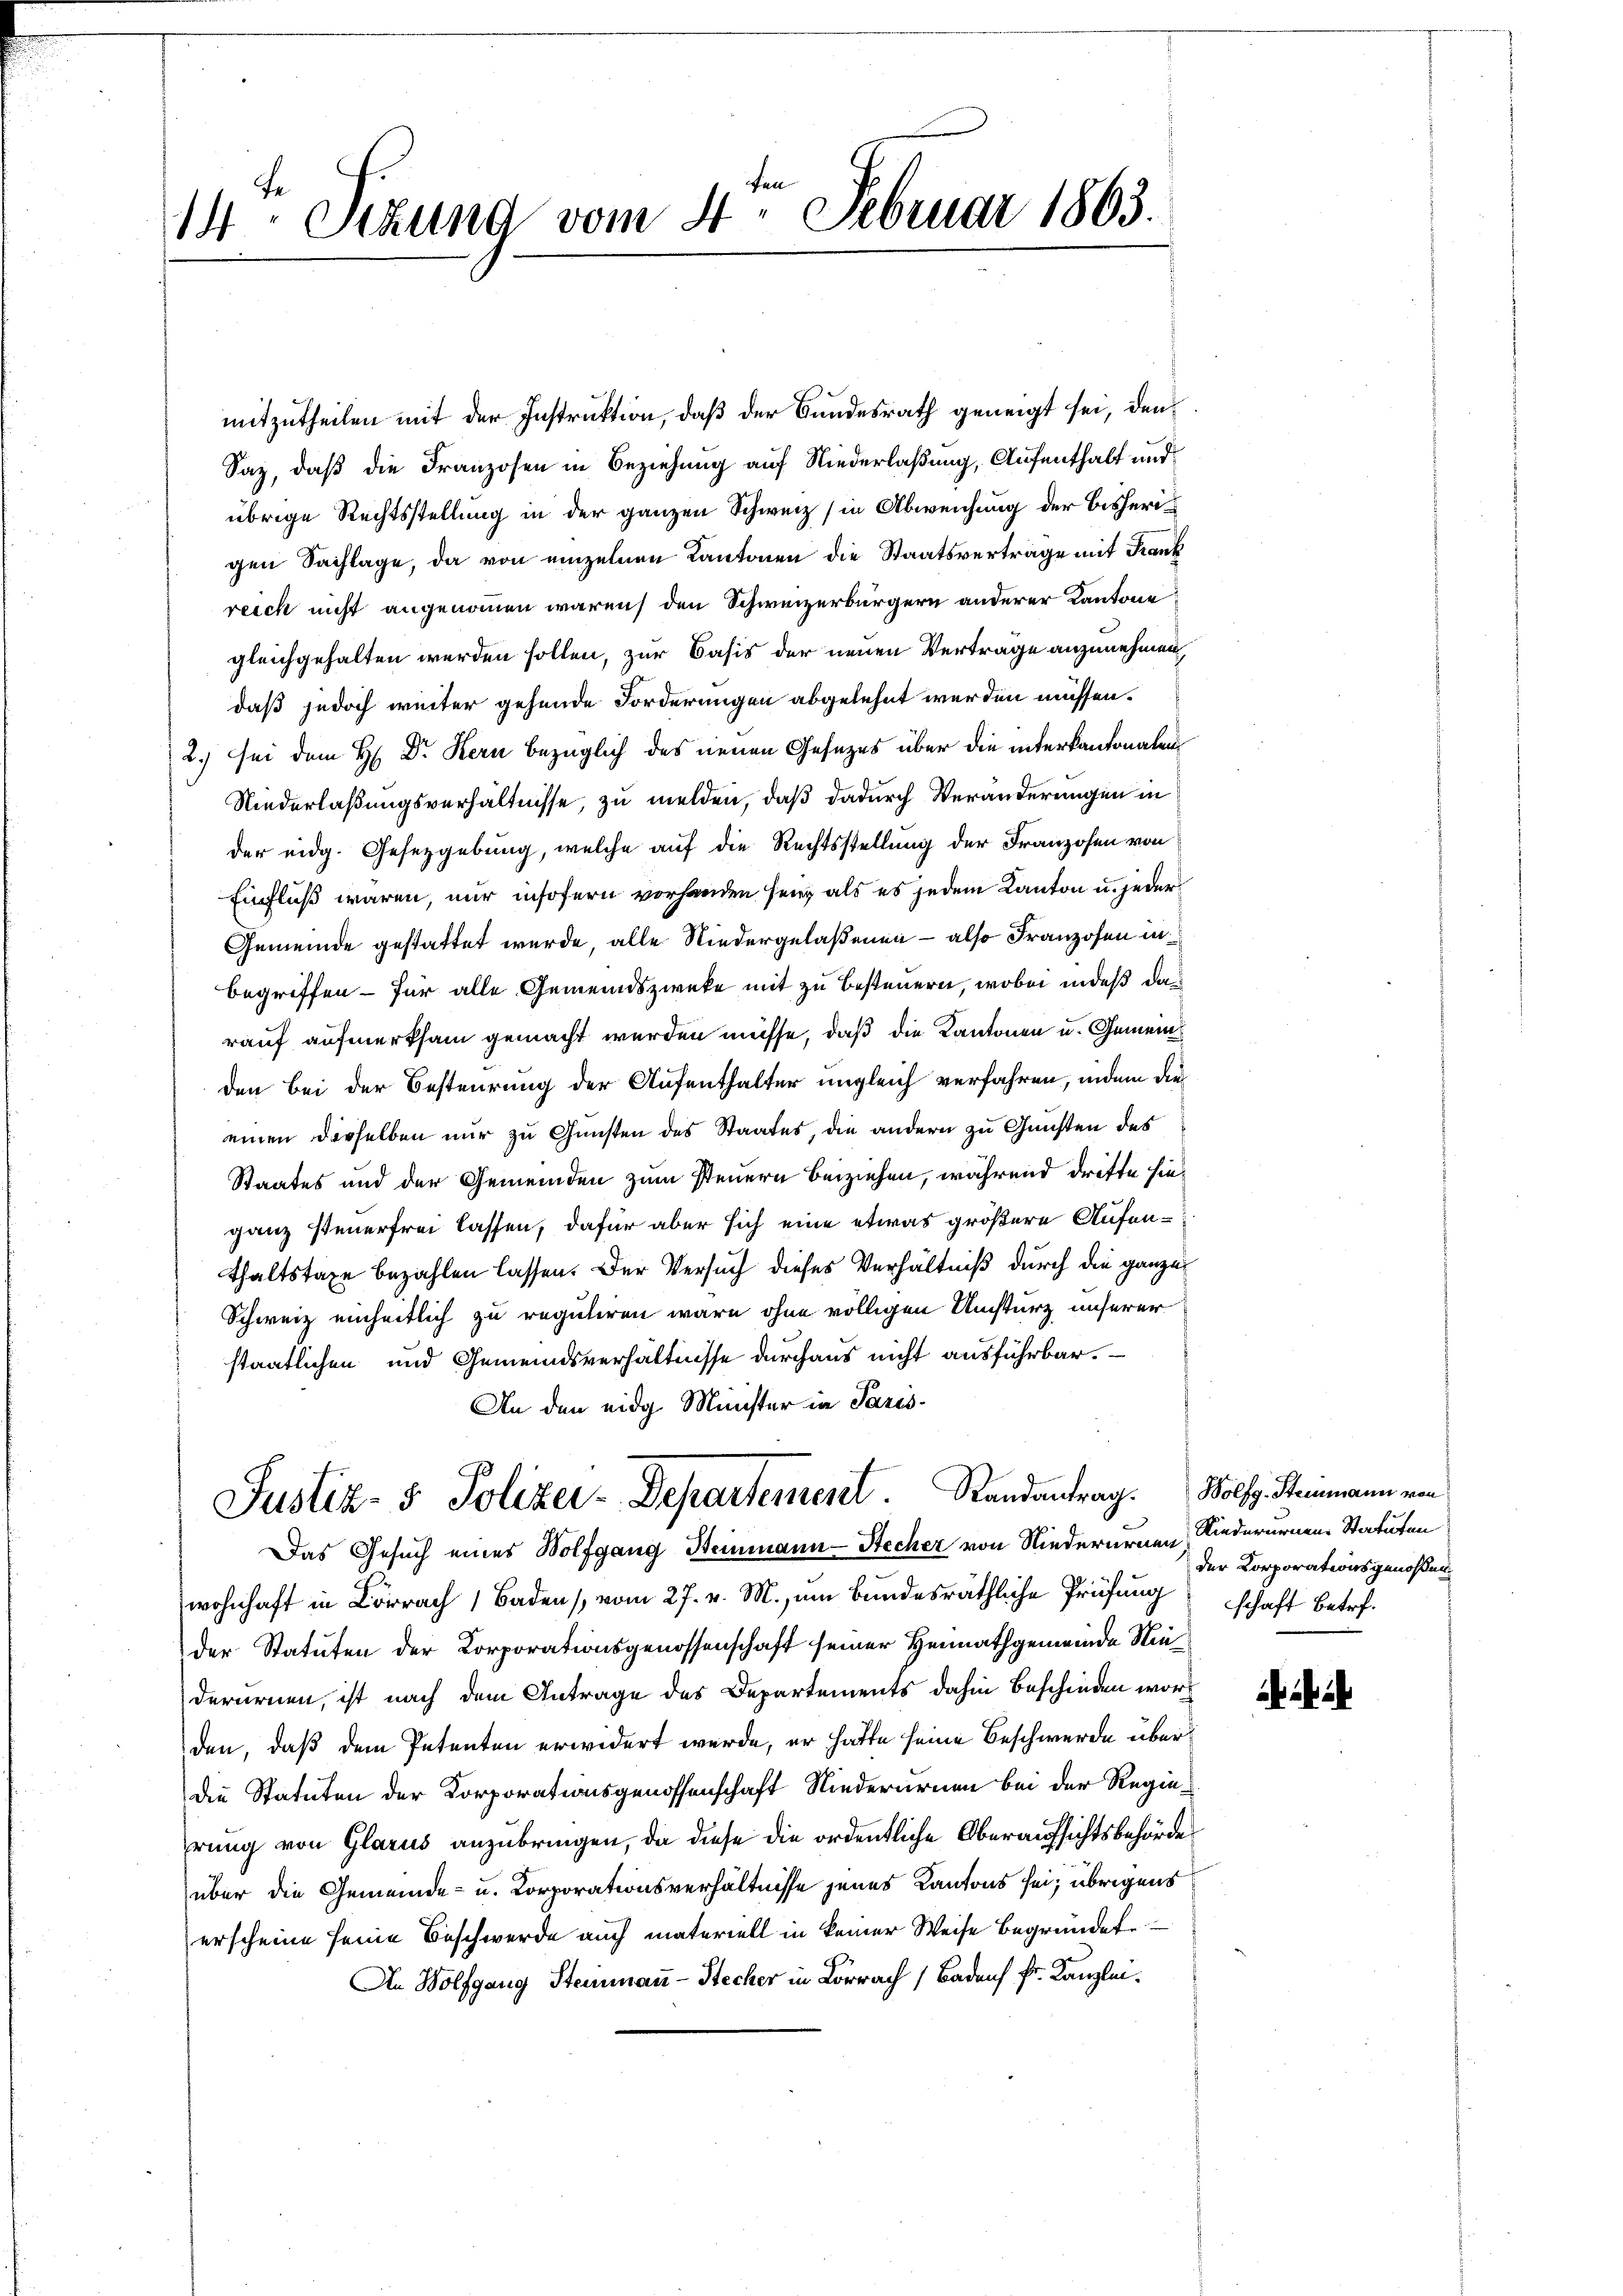
14 Sizung vom 4. Februar 1863.

mitzutheilen mit der Instruktion, daß der Bundesrath geneigt sei, den
Saz, daß die Franzosen in Beziehung auf Niederlaßung, Aufenthalt und
übrige Rechtsstellung in der ganzen Schweiz (in Abweichung der bisherigen Sachlage, da von einzelnen Kantonen die Staatsvertrage mit Frank
reich nicht angenommen warens den Schweizerbürgern anderer Kantone
gleichgehalten werden sollen, zur Basis der neuen Vertrage anzunehmen,
daß jedoch weiter gehende Forderungen abgelehnt werden müssen.
2.) Sei dem H: Dr. Kern bezüglich des neuen Gesezes über die interkantonalen
Niederlaßungsverhältnisse, zu melden, daß dadurch Veränderungen in
der eidg. Gesetzgebung, welche auf die Rechtsstellung der Franzosen von
Einfluß wären, nur insofern vorhanden sei, als es jedem Kanton u. jeder¬
Gemeinde gestattet wurde, alle Niedergelaßenen – also Franzosen in
begriffen – für alle Gemeindszwecke mit zu besteuern, wobei indeß das
rauf aufmerksam gemacht werden müsse, daß die Kantonen u. Gemeinden bei der Besteurung der Aufenthalter ungleich verfahren, indem die
einen derselben nur zu Gunsten des Staates, die andern zu Gunsten des
Staates und der Gemeinden zum Steuern beiziehen, während dritte hieganz steuerfrei lassen, dafür aber sich eine etwas größere Aufenthaltstaxe bezahlen lassen. Der Versuch dieses Verhältniß durch die ganze
Schweiz einheitlich zu reguliren wäre ohne völligen Umsturz unserer
staatlichen und Gemeindsverhältnisse durchaus nicht ausführbar.
An den eidg. Minister in Paris¬

70
Justiz- & Polizer-Departement. Randantrag. Wolfg. Stammann von
Das Gesuch eines Wolfgang Heinmann-Stecher von Niederurnen Riederurnen Statuten

wohnhaft in Lörrach 1 Baden, vom 27. v. M., um Bundesräthliche Prüfung schaft betrefder Statuten der Corporationsgenossenschaft seiner Heimathgemeinde Niederurnen, ist nach dem Antrage des Departements dahin Beschieden worden, daß dem Petenten erwidert werde, er hatte seine Beschwerde überdie Statuten der Korporationsgenossenschaft Niederurnen bei der Regierung von Glarus anzubringen, da diese die ordentliche Oberaufsichtsbehörde
über die Gemeinde- u. Korporationsverhältnisse jenes Kantons sei; übrigens
erscheine seine Beschwerde auch materiell in keiner Weise begründete
An Wolfgang Steinmann - Stecher in Lörrach Baden Fr. Kanzlei.

der Korporationsgenossen